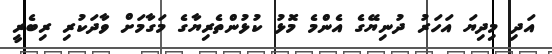
އަދި މިދިޔަ އަހަރު ދުނިޔޭގެ އެންމެ މޮޅު ކުޅުންތެރިޔާގެ މަގާމަށް ވާދަކުރި ރިބެރީ